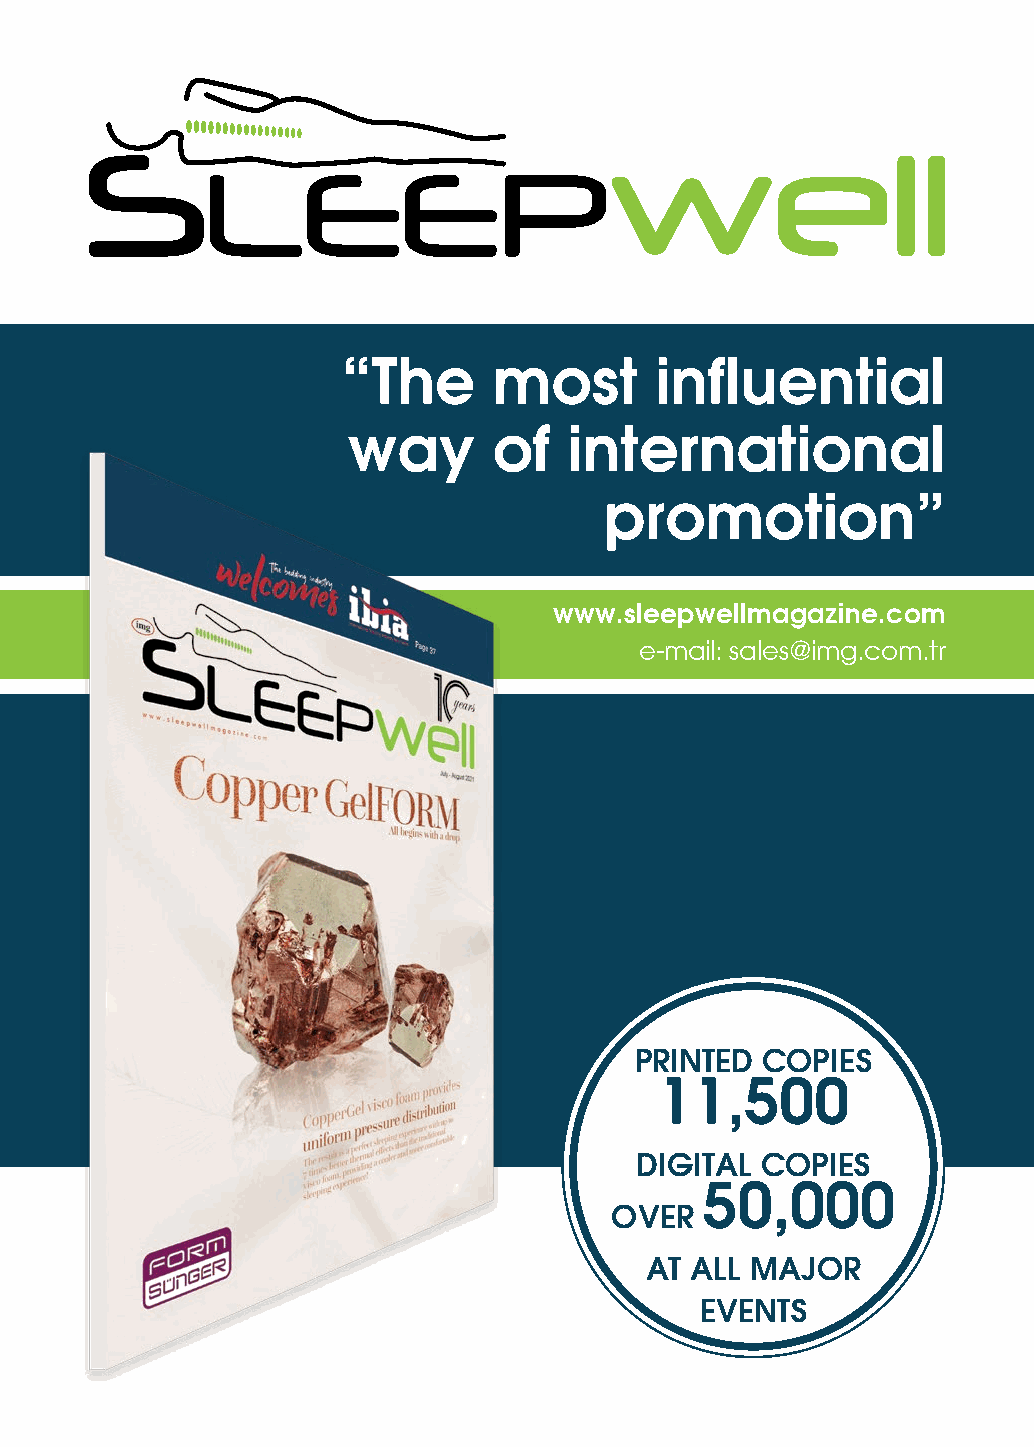
“The      most      influential
 way       of   international
 promotion”
 www.sleepwellmagazine.com
 e-mail: sales@img.com.tr
 PRINTED COPIES
 11,500
 DIGITAL COPIES
 50,000
 OVER
 AT ALL MAJOR
 EVENTS